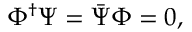
\Phi ^ { \dag } \Psi = { \bar { \Psi } } \Phi = 0 ,